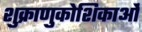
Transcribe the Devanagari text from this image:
शुक्राणुकोशिकाओं